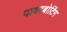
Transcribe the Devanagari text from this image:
पावरबोटिंग